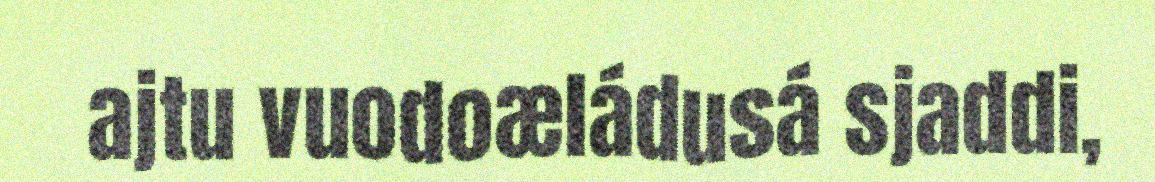
ajtu vuodoæládusá sjaddi,